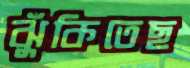
ঝুঁকিতেছ